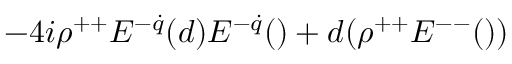
- 4 i \rho ^ { + + } E ^ { - \dot { q } } ( d ) E ^ { - \dot { q } } ( \d ) + d ( \rho ^ { + + } E ^ { -- } ( \d ) )